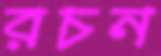
রচন